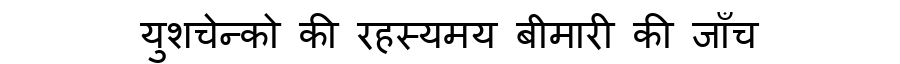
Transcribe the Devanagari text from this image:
युशचेन्को की रहस्यमय बीमारी की जाँच